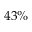
4 3 \%